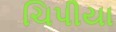
ચિપીયા